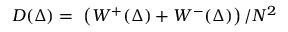
D ( \Delta ) = ~ \left( W ^ { + } ( \Delta ) + W ^ { - } ( \Delta ) \right) / N ^ { 2 }